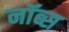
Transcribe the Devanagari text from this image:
नॉब्स